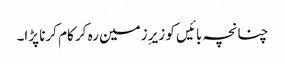
چنانچہ بائیں کو زیرِ زمین رہ کر کام کرنا پڑا۔